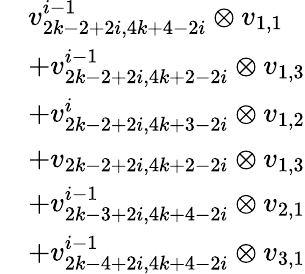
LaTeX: \begin{array}{rl}&{v_{2k-2+2i,4k+4-2i}^{i-1}\otimes v_{1,1}}\\ &{+v_{2k-2+2i,4k+2-2i}^{i-1}\otimes v_{1,3}}\\ &{+v_{2k-2+2i,4k+3-2i}^{i}\otimes v_{1,2}}\\ &{+v_{2k-2+2i,4k+2-2i}\otimes v_{1,3}}\\ &{+v_{2k-3+2i,4k+4-2i}^{i-1}\otimes v_{2,1}}\\ &{+v_{2k-4+2i,4k+4-2i}^{i-1}\otimes v_{3,1}}\end{array}